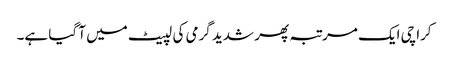
کراچی ایک مرتبہ پھر شدید گرمی کی لپیٹ میں آ گیا ہے۔